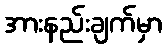
အားနည်းချက်မှာ